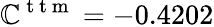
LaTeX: \mathbb{C}^{\mathrm{{~t~t~m~}}}=-0.4202